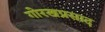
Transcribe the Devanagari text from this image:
गोरखप्रसाद